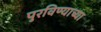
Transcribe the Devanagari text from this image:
पुरविण्याच्या